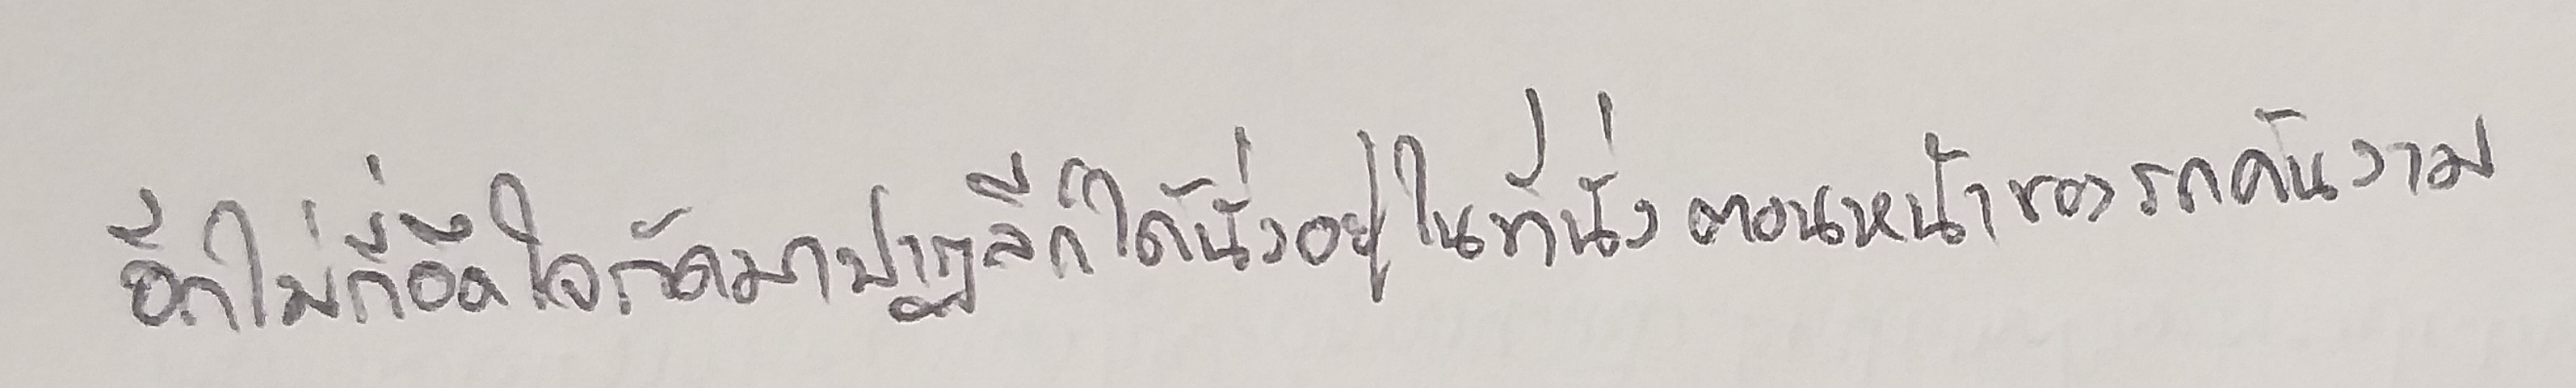
อีกไม่กี่อึดใจถัดมาปาฏลีก็ได้นั่งอยู่ในที่นั่งตอนหน้าของรถคันงาม